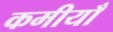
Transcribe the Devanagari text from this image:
कमीयाँ